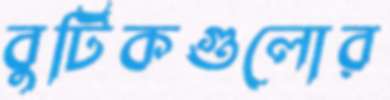
বুটিকগুলোর